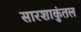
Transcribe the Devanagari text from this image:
सारशाकुंतल